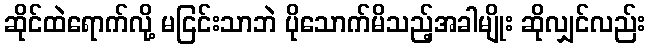
ဆိုင်ထဲရောက်လို့ မငြင်းသာဘဲ ပိုသောက်မိသည့်အခါမျိုး ဆိုလျှင်လည်း